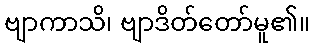
ဗျာကာသိ၊ ဗျာဒိတ်တော်မူ၏။